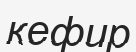
кефир